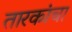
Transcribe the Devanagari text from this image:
तारकांचा